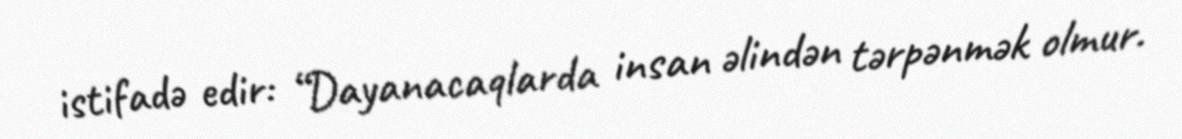
istifadə edir: “Dayanacaqlarda insan əlindən tərpənmək olmur.